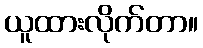
ယူထားလိုက်တာ။